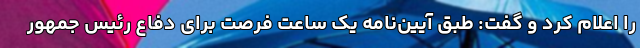
را اعلام کرد و گفت: طبق آیین‌نامه یک ساعت فرصت برای دفاع رئیس جمهور